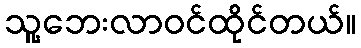
သူ့ဘေးလာဝင်ထိုင်တယ်။